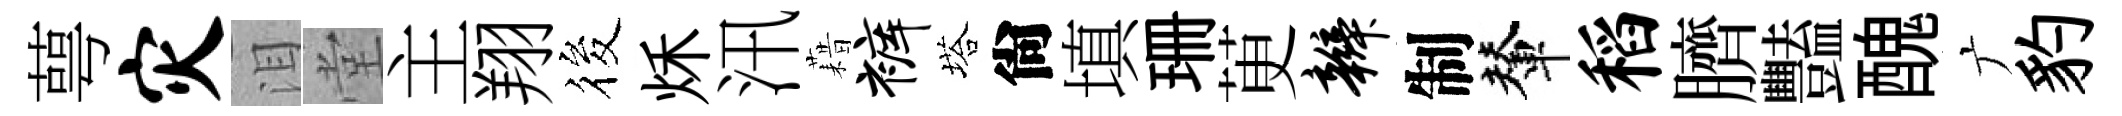
萼灾泪堂主翔筱秌汛藉裤塔尙填珊茰辫制輦稻臍豔醜广豹